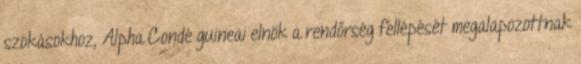
szokásokhoz, Alpha Condé guineai elnök a rendőrség fellépését megalapozottnak